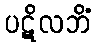
ပဋိလဘိံ